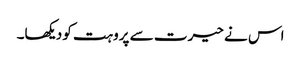
اس نے حیرت سے پروہت کو دیکھا۔